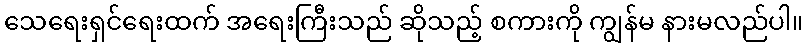
သေရေးရှင်ရေးထက် အရေးကြီးသည် ဆိုသည့် စကားကို ကျွန်မ နားမလည်ပါ။